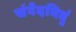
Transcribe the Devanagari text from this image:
संवेदयितुं